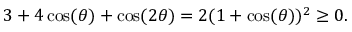
3 + 4 \cos ( \theta ) + \cos ( 2 \theta ) = 2 ( 1 + \cos ( \theta ) ) ^ { 2 } \geq 0 .